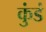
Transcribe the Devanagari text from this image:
कुंडं